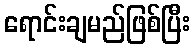
ရောင်းချမည်ဖြစ်ပြီး